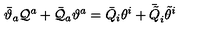
\bar { \vartheta } _ { a } { \cal Q } ^ { a } + \bar { { \cal Q } } _ { a } \vartheta ^ { a } = \bar { Q } _ { i } \theta ^ { i } + \bar { \tilde { Q } } _ { i } \tilde { \theta } ^ { i }